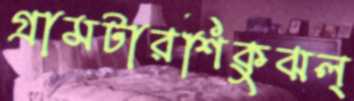
গ্রামটারশিকুঝল্